Plague in India, 1896, 1897 - Volume 2
Year: 1896
Disease focus: Plague
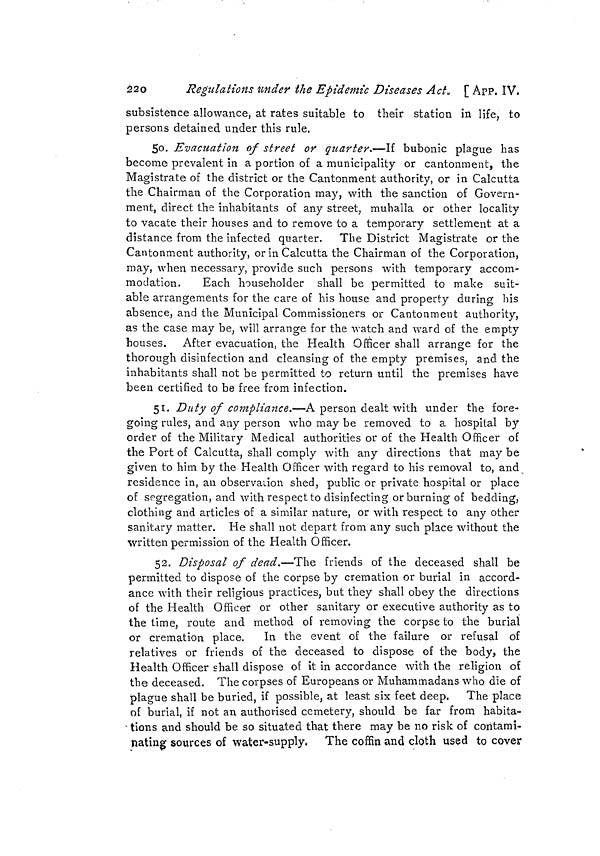
263
APP. IX. ]
spread of infection by sea.
2. No vessel shall leave any such port for any port out of India
until she has been inspected by the Health Officer of the Port, and
the master or person in charge of such vessel has obtained from
such officer a bill of health in the form given below, stating that the
master or person in charge; officers, crew and passengers (if any) of
such vessel are free from the bubonic plague.
3. Should the Health Officer of the Port be of opinion that any
person on board of any vessel so inspected is suffering from the
bubonic plague or is not free from the infection of the plague, he shall
refuse to give a bill of health as aforesaid unless and until such
person and his relations and non-medical attendants are removed
from the vessel to a plague hospital or place of observation appointed
by Government, and such parts of the vessel as have been frequented
by such person or his relations and attendants shall have been dis-
infected to the satisfaction of the Health Officer. If the vessel has
no medical officer on board, the Health Officer shall order her to be
detained for not less than ten days at the quarantine anchorage
appointed by the Port Officer, and to be thoroughly disinfected before
departure. If during the period of detention no fresh case occurs on
the vessel and no person on board shows suspicious symptoms, the
vessel maybe permitted to proceed, and if during the same period the
persons detained under observation are proved not to be suffering
from plague or any other infectious disease they may continue their
voyage.
4. After the master or person in charge of the vessel has obtained
a bill of health or certificate under the provisions of these rules, no
person or cargo shall be admitted or taken on board such vessel
before she leaves the port unless such vessel is again inspected by the
Health Officer of the Port and another bill of health obtained from
such officer by the master or person in charge of such vessel.
5. No port clearance shall be delivered to any vessel bound from
any such port to any port out of India unless and until the master
or person in charge thereof shall produce the bill of health so to be
obtained as aforesaid ; and it shall be the duty of Customs officers to
refuse delivery of the port clearance without the production of such
bill of health.
6. The duties of Health Officers under these rules shall be
discharged by the medical officers named below, or by such other
medical officer as may from time to time be appointed for such
purpose by the Lieutenant-Governor :—
Calcutta ...
Chittagong
...
Health Officers.
Port Health Officer.
Civil Surgeon,